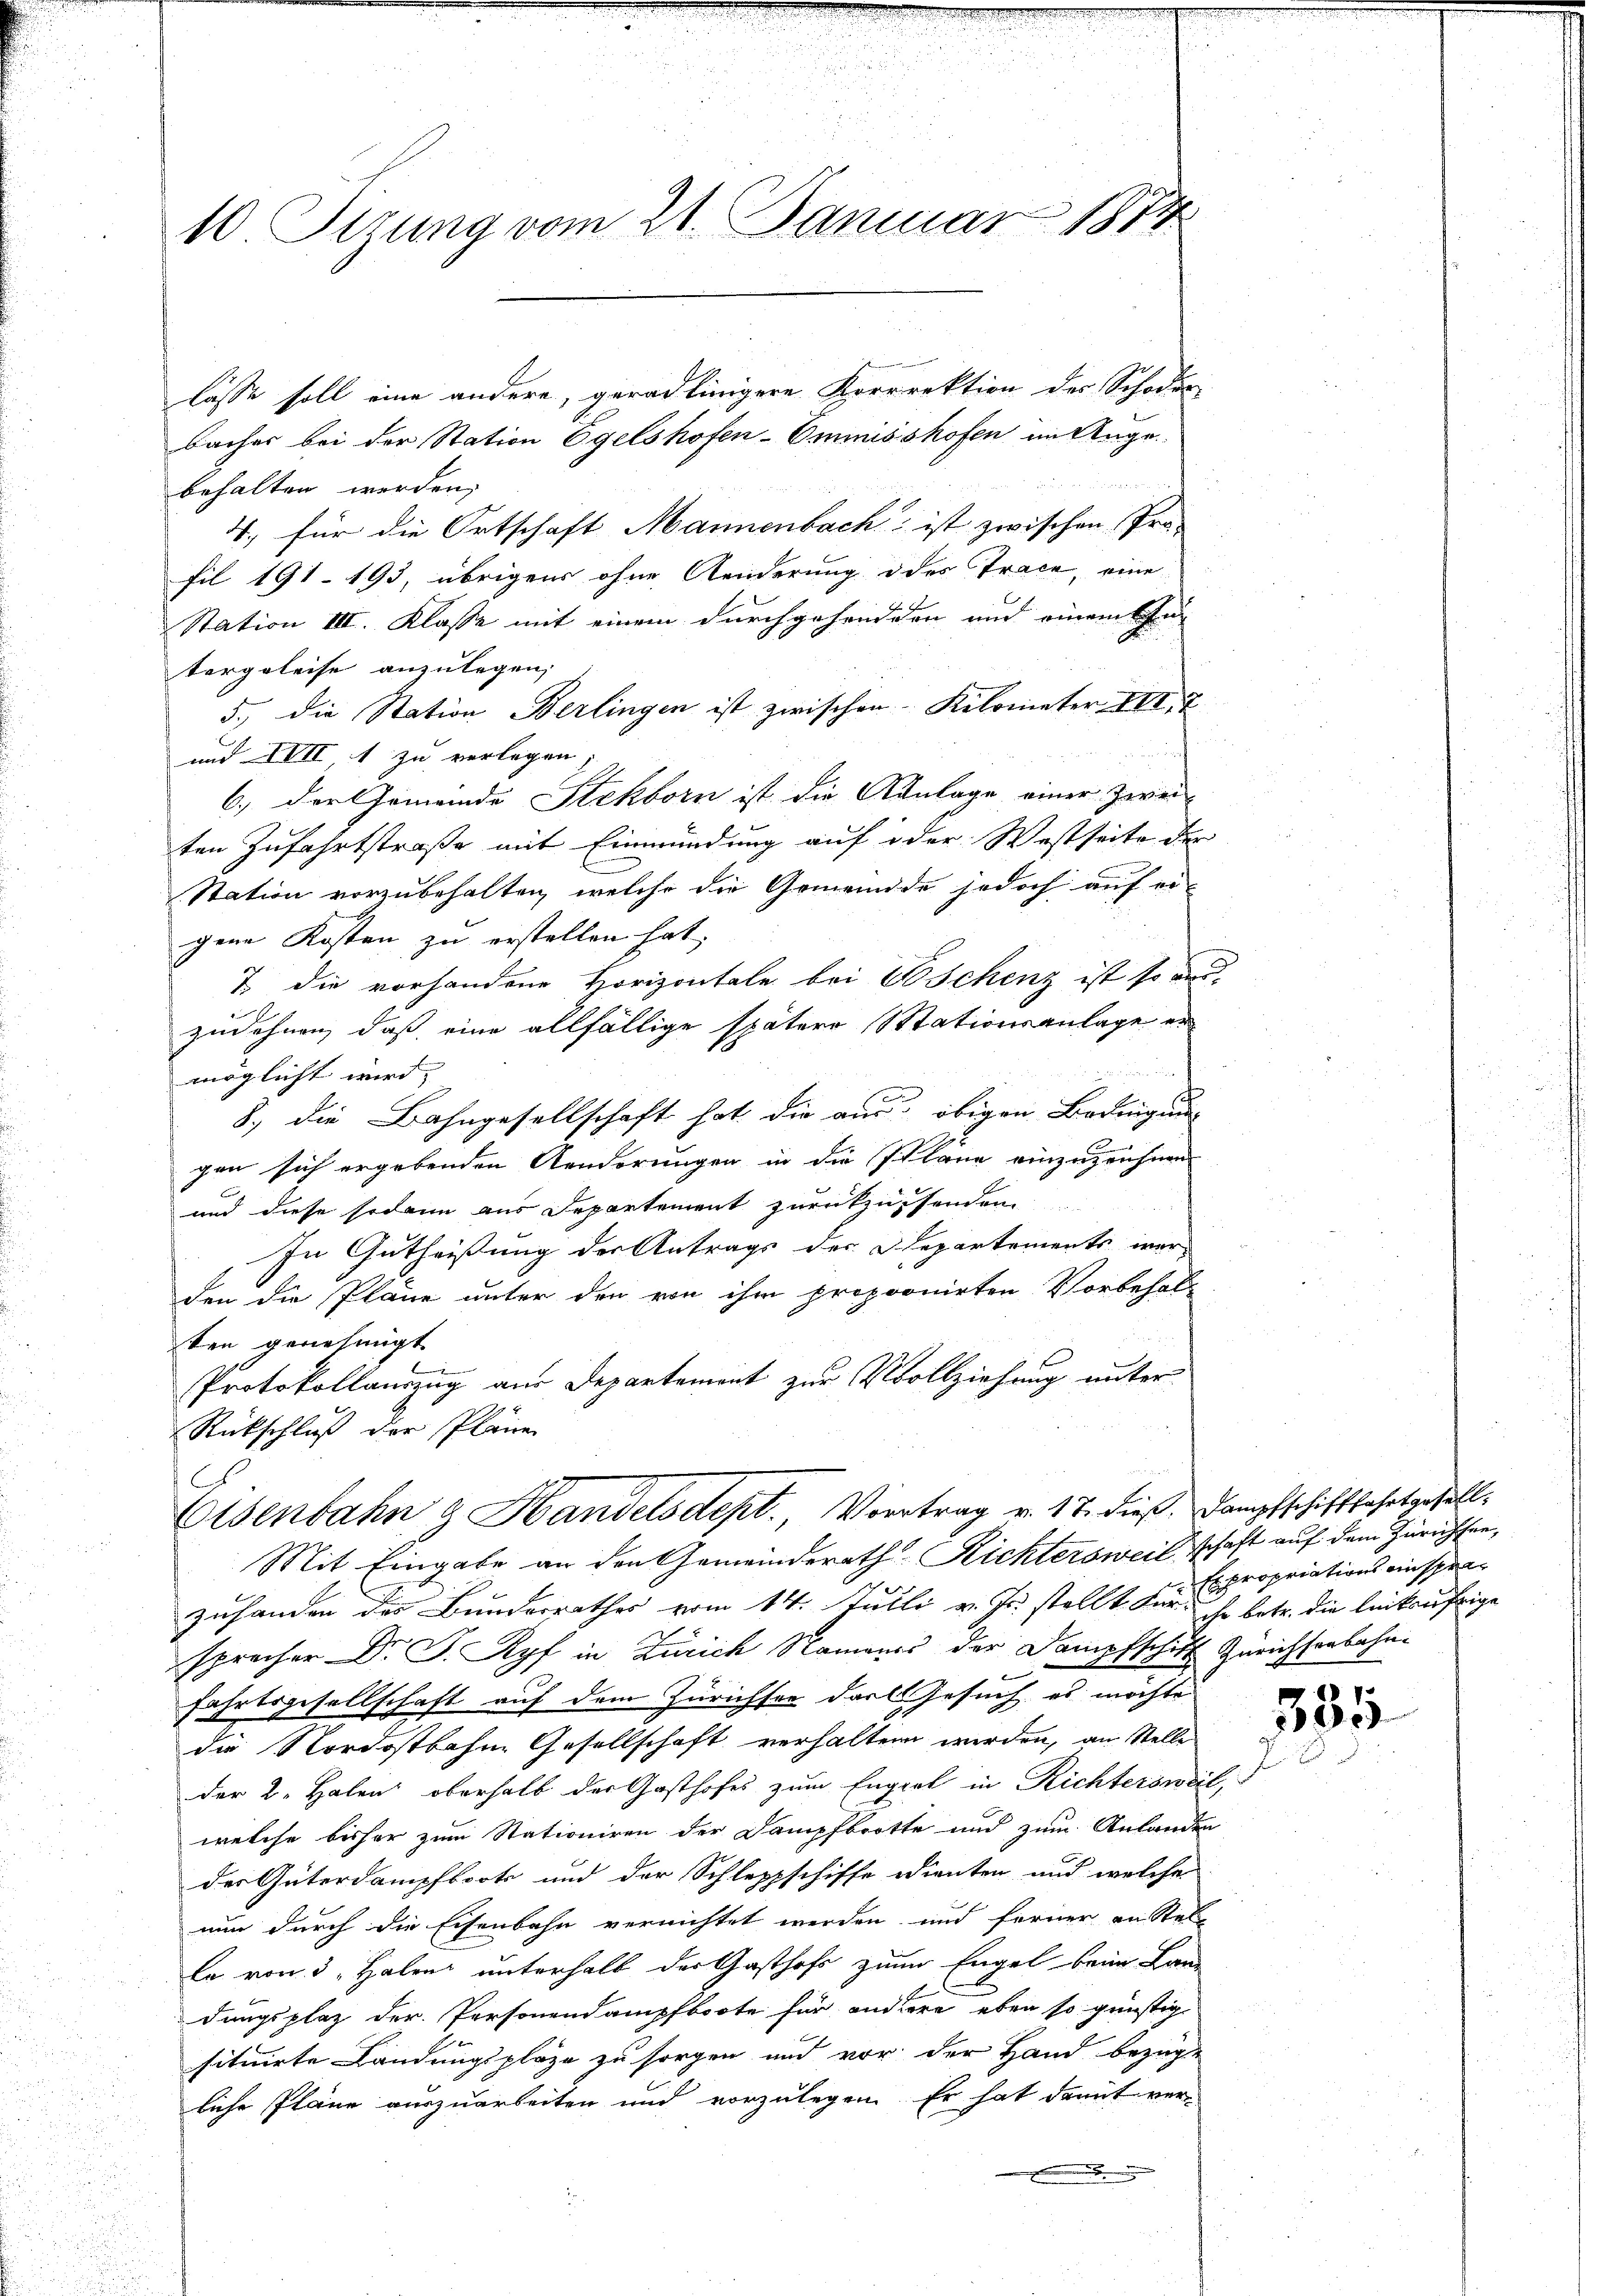
u

10 Sizung vom 21. Januar 1874

lasse soll eine andere, geradlinigere Korrrektion des Schaden
bacher bei der Station Egelshofen-Ommisshofen im Angebehalten werden,
4., für die Ortschaft Mannenbach ist zwischen Pro-
fil 191. 193, übrigens ohne Aenderung des Trace, eine
Station III. Klasse mit einem durchgehenden und einem Ehe-
tergeleise anzulegen,
5., die Station Berlingen ist zwischen Kilometer VII. T
und XVII 1 zu verlegen;
6.) Der Gemeinde Stekborn ist die Kanlage einer Zwei-
ten Zufahrtstraße mit Einmündung auf oder Westseite der
Station vorzubehalten, welche die Gemeinde jedoch auf eigene Kosten zu erstellen hat.
7 die vorhandene Horizontale bei Beschenz ist so au
zudehnen, daß eine allfällige spätere Stationsanlage er
möglicht wird,
8) die Bahngesellschaft hat die aus obigen Bedingung
gen sich ergebenden Aenderungen in die Pläne einzuzeichnen
und diese sodann aus Departement zurückzusenden
In Gutheißung der Antrags der Departements werden die Pläne unter den von ihm proponirten Vorbehal-
ten genehmigt
Protokollauszug aus Departement zur Vollziehung unter
Rückschluß der Plänen
Eisenbahn & Handelsdept., Vortrag v. 18. dieß. Dampfschifffahrtgefäll¬
Mit Eingabe an den Gemeinderath Richtersweilschaft auf dem Zürichten,
zuhanden des Bunderrathes vom 14. Julli v. Js. stellt für ihr betr. die lenkaufrige
sprecher Dr. P. Apf in Zürich Namens der Dampfschitt Zürichsenbahn-
Fahrtsgesellschaft auf dem Zürichsee darl Gesuch, es möchte
die Nordostbahne Gesellschaft verhalten werden, an Stelle
der 2. Halen oberhalb der Gasthofes zum Engel in Richtersweil,
welche bisher zum Stationiren der Dampfbrotte und zum Anlanden
der Güterdampfboote und der Schleppschiffe edienten und welche
nun durch die Eisenbahn vernichtet werden und ferner an Stel
la von 3. Haben unterhalb der Gasthofs zum Engel beim Lan-
dungsplaz der Personendampfboote für andere eben so günstig
situirte Landungsplaze zu sorgen und vor der Hand bezüge
liche Pläne auszuarbeiten und vorzulegen. Er hat damit ver-
.

n
.

Expropriationsansper¬

1
335